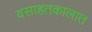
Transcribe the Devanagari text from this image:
वसाहतकालात